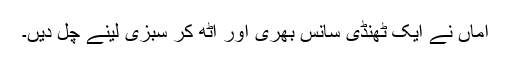
اماں نے ایک ٹھنڈی سانس بھری اور اٹھ کر سبزی لینے چل دیں۔